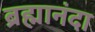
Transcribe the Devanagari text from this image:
ब्रह्मानंदा